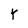
Character: Y